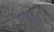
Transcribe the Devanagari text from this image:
बोलीभाषेशी